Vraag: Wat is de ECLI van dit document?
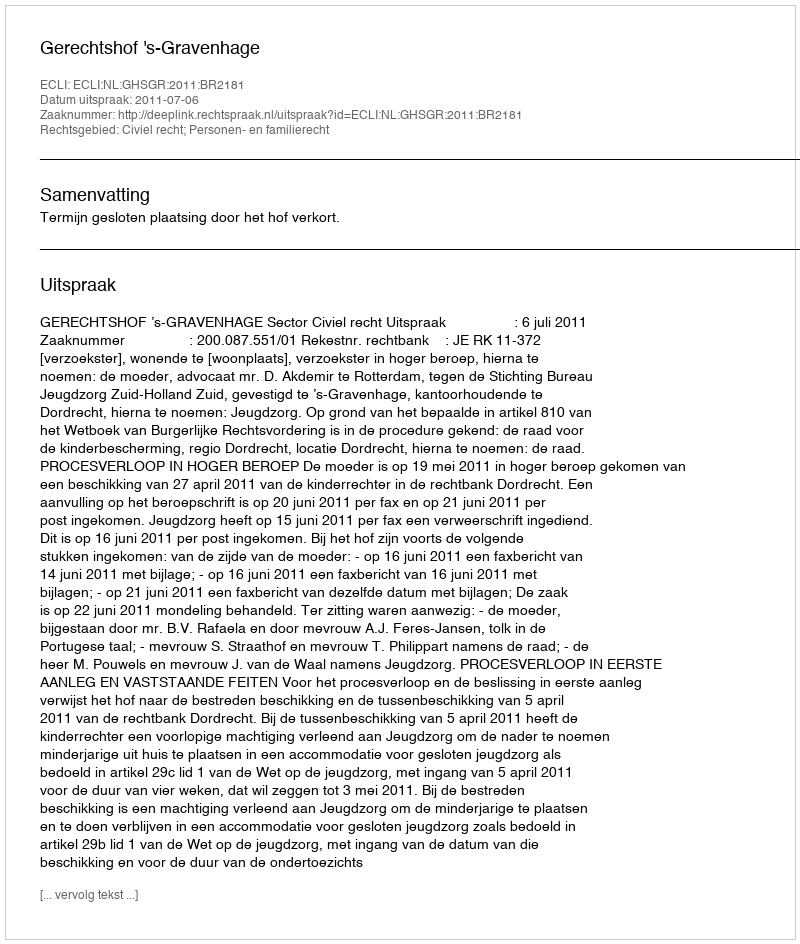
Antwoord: ECLI:NL:GHSGR:2011:BR2181